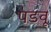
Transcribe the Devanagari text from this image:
पडवू